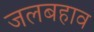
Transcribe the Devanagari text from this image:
जलबहाव